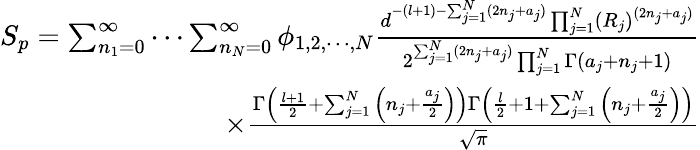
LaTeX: \begin{array}{r}{S_{p}=\sum_{n_{1}=0}^{\infty}\cdots\sum_{n_{N}=0}^{\infty}\phi_{1,2,\cdots,N}\frac{d^{-(l+1)-\sum_{j=1}^{N}(2n_{j}+a_{j})}\prod_{j=1}^{N}(R_{j})^{(2n_{j}+a_{j})}}{2^{\sum_{j=1}^{N}(2n_{j}+a_{j})}\prod_{j=1}^{N}\Gamma(a_{j}+n_{j}+1)}}\\ {\times\frac{\Gamma\Big(\frac{l+1}{2}+\sum_{j=1}^{N}\Big(n_{j}+\frac{a_{j}}{2}\Big)\Big)\Gamma\Big(\frac{l}{2}+1+\sum_{j=1}^{N}\Big(n_{j}+\frac{a_{j}}{2}\Big)\Big)}{\sqrt{\pi}}}\end{array}